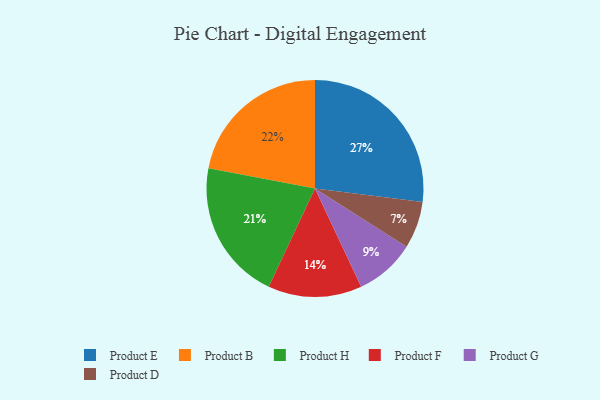
{"axis": {"x": "Category", "y": "Percentage"}, "legend": ["Product B", "Product D", "Product E", "Product F", "Product G", "Product H"], "data": [{"x": "Product E", "y": 27, "type": "Product E"}, {"x": "Product B", "y": 22, "type": "Product B"}, {"x": "Product H", "y": 21, "type": "Product H"}, {"x": "Product D", "y": 7, "type": "Product D"}, {"x": "Product F", "y": 14, "type": "Product F"}, {"x": "Product G", "y": 9, "type": "Product G"}]}